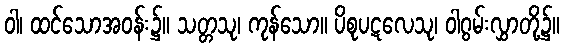
ဝါ၊ ထင်သောအဝန်း၌။ သတ္တသု၊ ကုန်သော။ ပိစုပဋလေသု၊ ဝါဂွမ်းလွှာတို့၌။